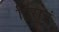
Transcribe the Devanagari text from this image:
द्विरात्रं